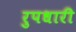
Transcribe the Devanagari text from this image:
रुपधारी